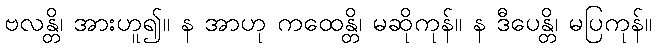
ဗလန္တိ၊ အားဟူ၍။ န အာဟု ကထေန္တိ၊ မဆိုကုန်။ န ဒီပေန္တိ၊ မပြကုန်။